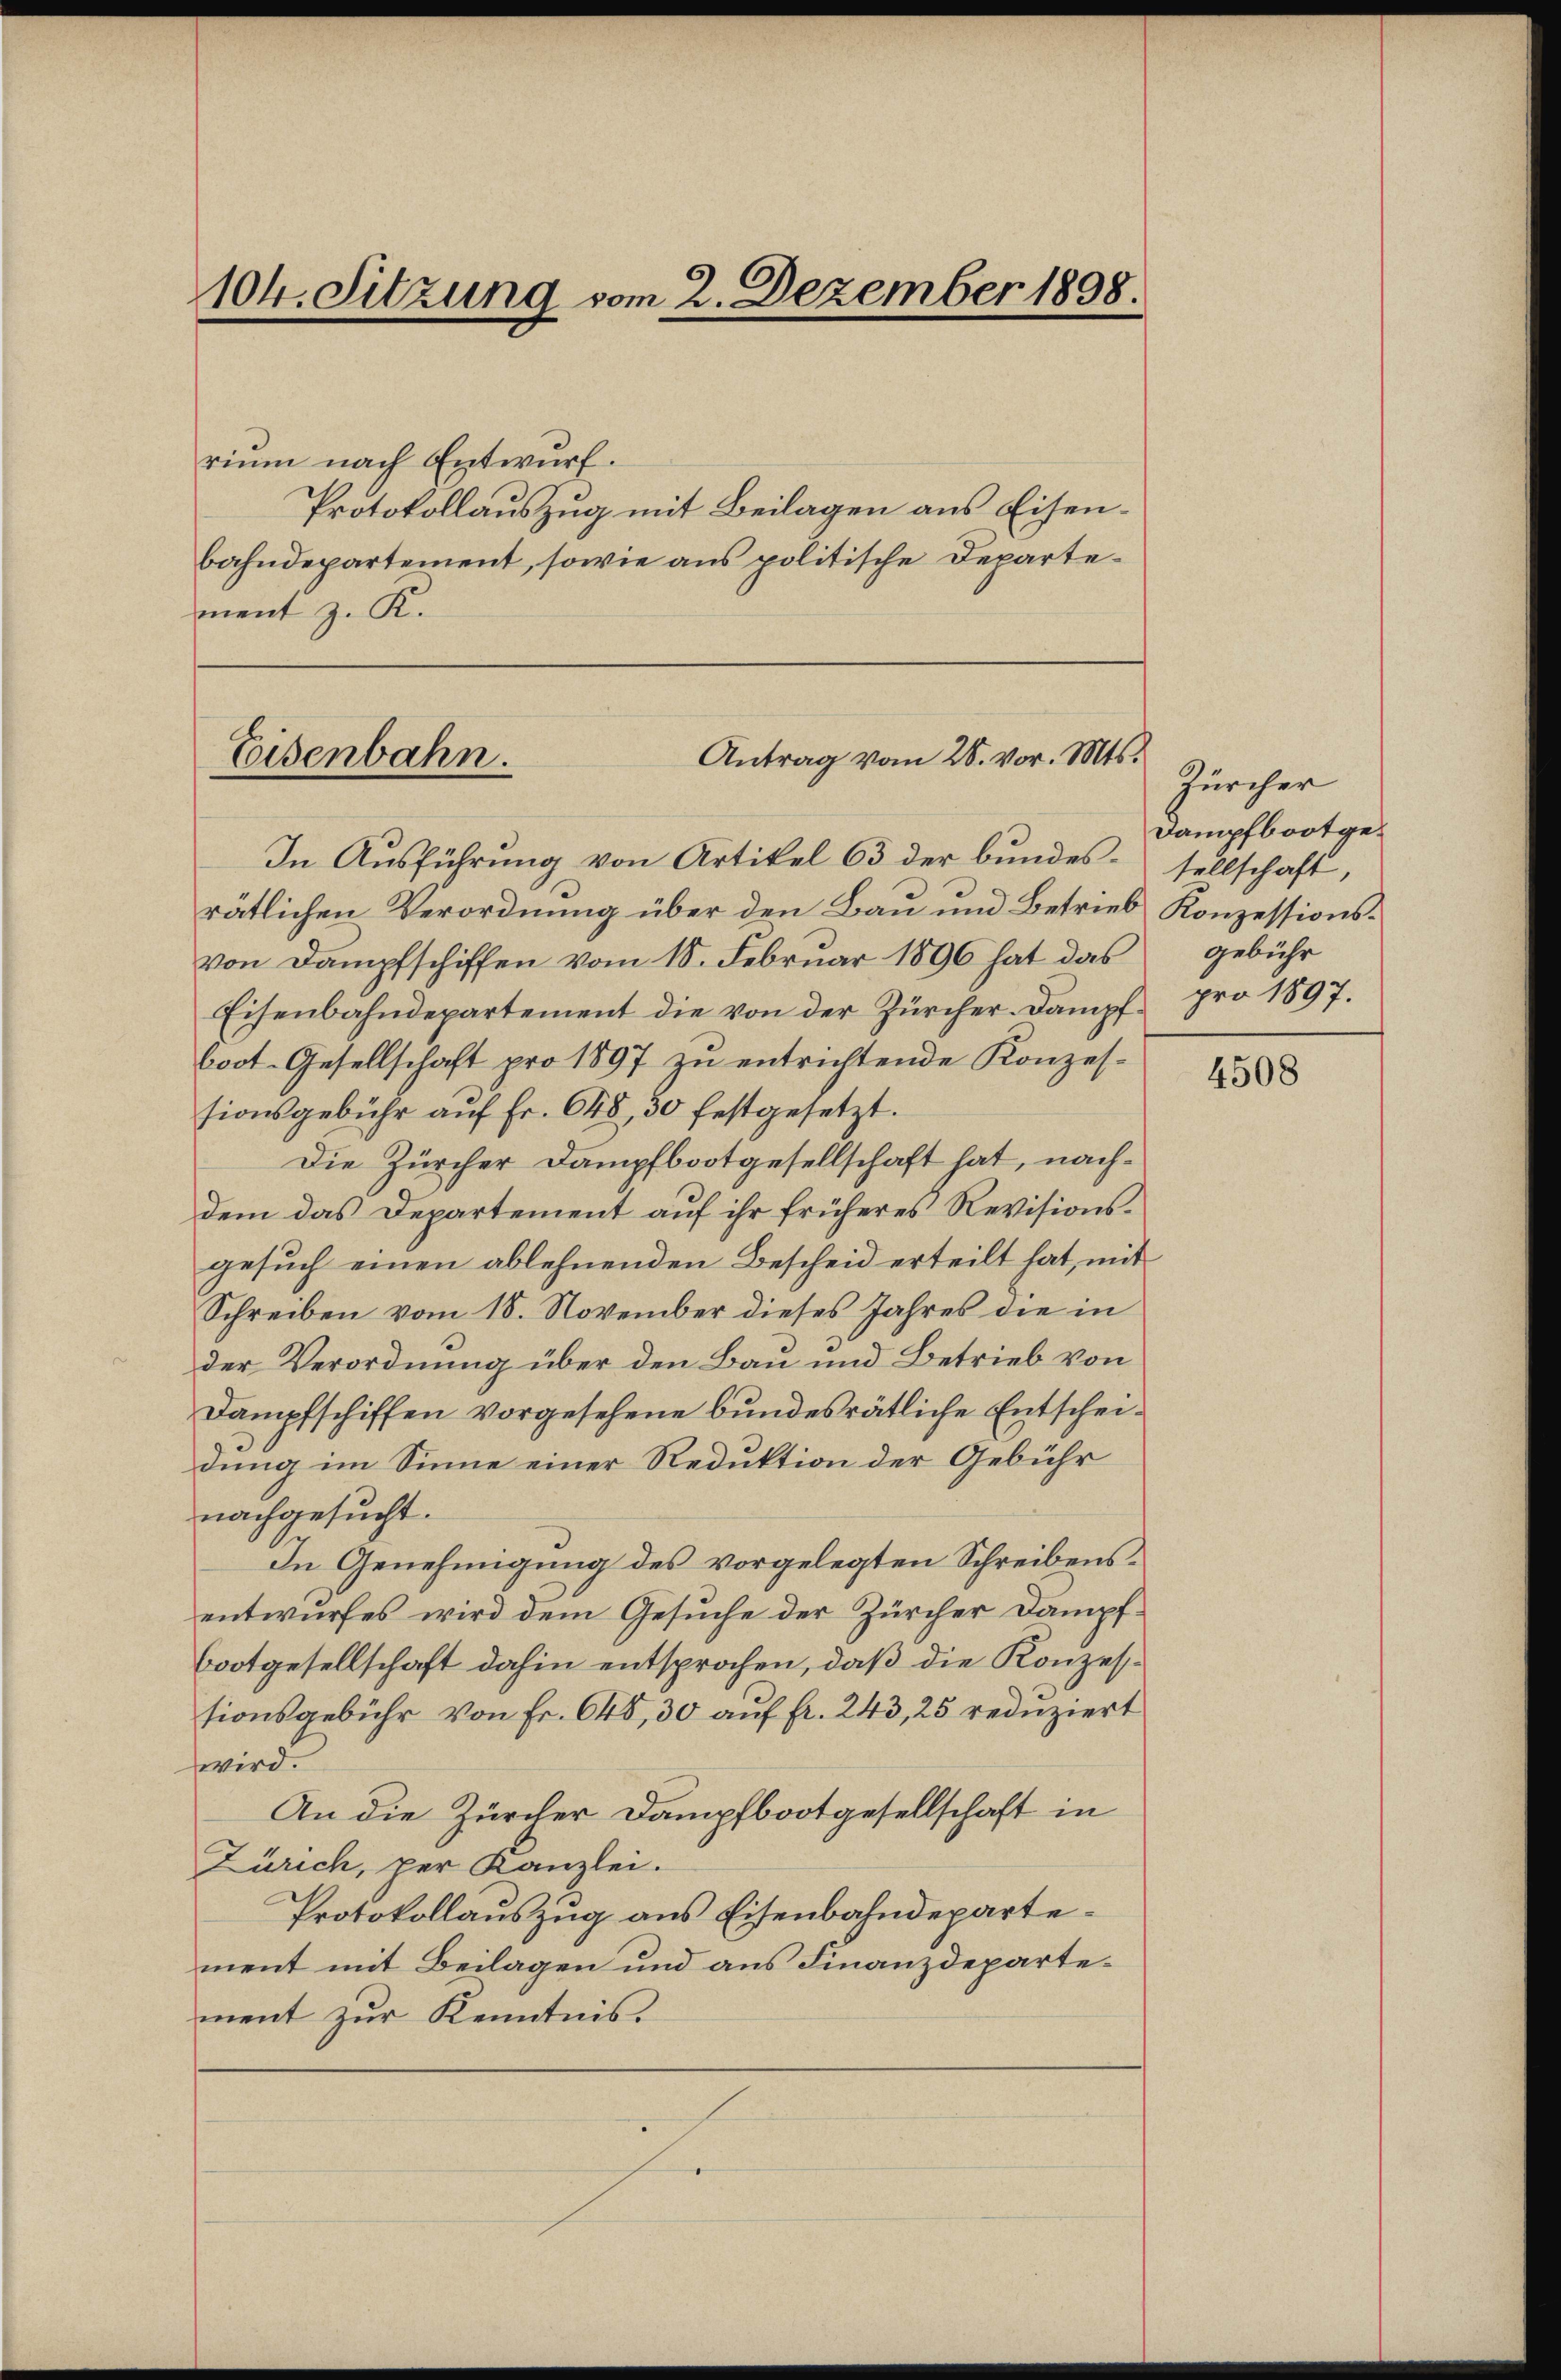
104. Sitzung vom 2. Dezember 1898.

rium nach Entwurf.
Protokollauszug mit Beilagen aus Eisenbahndepartement, sowie aus politische Departement z. R.

Antrag vom 28. vor. Mts.
Eisenbahn.

In Ausführung von Artikel 63 der bundes sellschaft,

rätlichen Verordnung über den Bau und Betrieb Konzessionsvon Dampfschiffen vom 18. Februar 1896 hat das
Eisenbahndepartement die von der Zürcher-Dampf pro 1897.
boot-Gesellschaft pro 1897 zu entrichtende Konzessionsgebühr auf Fr. 648, 30 festgesetzt.
Die Zürcher Dampfbootgesellschaft hat, nachdem das Departement auf ihr früheres Revisionsgesuch einen ablehnenden Bescheid erteilt hat, mit
Schreiben vom 18. November dieses Jahres die in
der Verordnung über den Bau und Betrieb von
Dampfschiffen vorgesehene bundesrätliche Entscheidung im Sinne einer Reduktion der Gebühr
nachgesucht.
In Genehmigung des vorgelegten Schreibensentwurfes wird dem Gesuche der Zürcher Dampf¬
Bootgesellschaft dahin entsprochen, daß die Konzessionsgebühr von Fr. 648, 30 auf fr. 243, 25 reduziert
wird.
An die Zürcher Dampfbootgesellschaft in
Zürich, per Kanzlei.
Protokollauszug aus Eisenbahndepartement mit Beilagen und aus Finanzdepartement zur Kenntnis.

Zürcher
Dampfboot gegebühr

4508